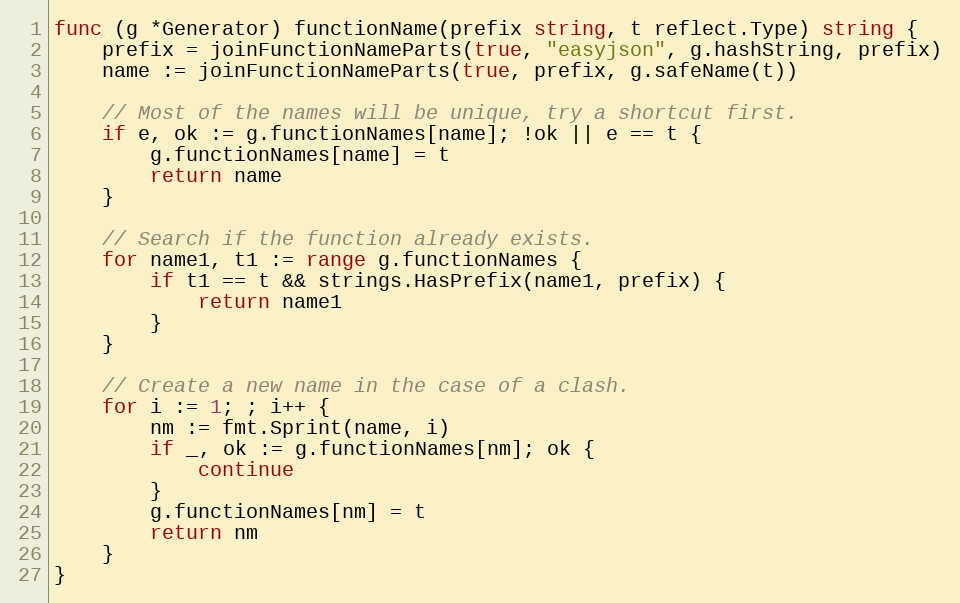
Language: Go
func (g *Generator) functionName(prefix string, t reflect.Type) string {
	prefix = joinFunctionNameParts(true, "easyjson", g.hashString, prefix)
	name := joinFunctionNameParts(true, prefix, g.safeName(t))

	// Most of the names will be unique, try a shortcut first.
	if e, ok := g.functionNames[name]; !ok || e == t {
		g.functionNames[name] = t
		return name
	}

	// Search if the function already exists.
	for name1, t1 := range g.functionNames {
		if t1 == t && strings.HasPrefix(name1, prefix) {
			return name1
		}
	}

	// Create a new name in the case of a clash.
	for i := 1; ; i++ {
		nm := fmt.Sprint(name, i)
		if _, ok := g.functionNames[nm]; ok {
			continue
		}
		g.functionNames[nm] = t
		return nm
	}
}